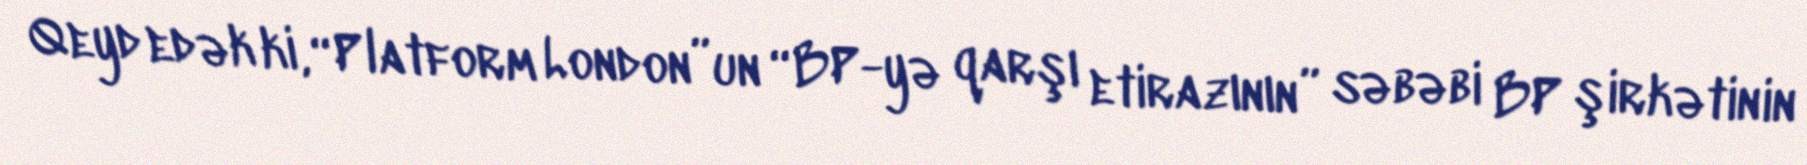
Qeyd edək ki, “Platform London”un “BP-yə qarşı etirazının” səbəbi BP şirkətinin